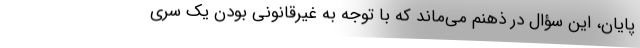
پایان، این سؤال در ذهنم می‌ماند که با توجه به غیرقانونی بودن یک سری